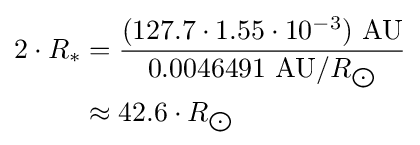
{\begin{aligned}2\cdot R_{*}&={\frac {(127.7\cdot 1.55\cdot 10^{-3})\ {\text{AU}}}{0.0046491\ {\text{AU}}/R_{\bigodot }}}\\&\approx 42.6\cdot R_{\bigodot }\end{aligned}}